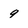
Character: q